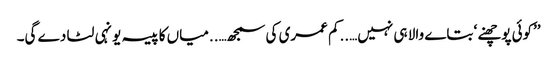
’’کوئی پوچھنے ‘ بتاے والا ہی نہیں…..کم عمری کی سمجھ…..میاں کا پیسہ یونہی لٹا دے گی۔